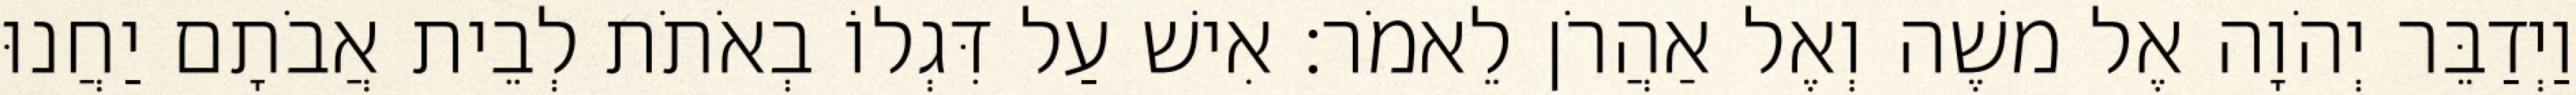
וַיְדַבֵּר יְהֹוָה אֶל משֶׁה וְאֶל אַהֲרֹן לֵאמֹר׃ אִישׁ עַל דִּגְלוֹ בְאֹתֹת לְבֵית אֲבֹתָם יַחֲנוּ